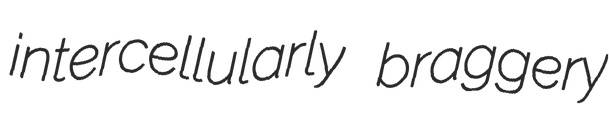
intercellularly braggery